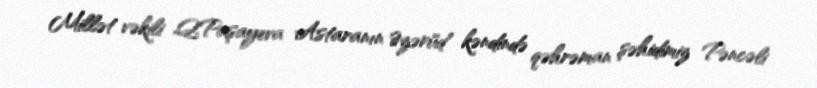
Millət vəkili Q.Paşayeva Astaranın Əzərüd kəndində qəhrəman şəhidimiz Pəncəli